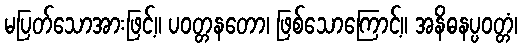
မပြတ်သောအားဖြင့်။ ပဝတ္တနတော၊ ဖြစ်သောကြောင့်။ အနိဓနပ္ပဝတ္တံ၊